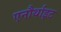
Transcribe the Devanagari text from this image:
एनौर्थाइट